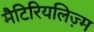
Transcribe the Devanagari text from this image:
मैटिरियलिज़्म